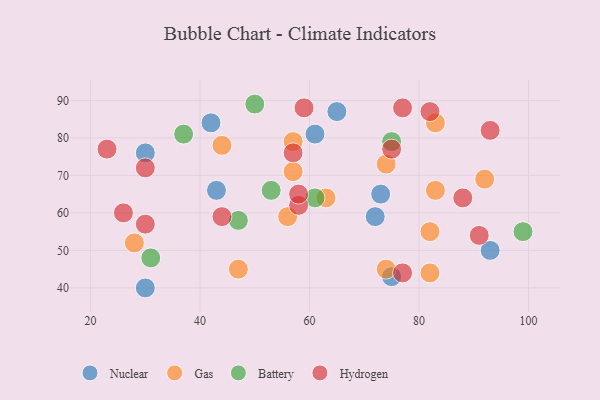
{"axis": {"x": "GDP", "y": "Life Expectancy"}, "legend": ["Battery", "Gas", "Hydrogen", "Nuclear"], "data": [{"x": "30", "y": 76, "type": "Nuclear"}, {"x": "61", "y": 81, "type": "Nuclear"}, {"x": "93", "y": 50, "type": "Nuclear"}, {"x": "75", "y": 43, "type": "Nuclear"}, {"x": "43", "y": 66, "type": "Nuclear"}, {"x": "42", "y": 84, "type": "Nuclear"}, {"x": "30", "y": 40, "type": "Nuclear"}, {"x": "73", "y": 65, "type": "Nuclear"}, {"x": "72", "y": 59, "type": "Nuclear"}, {"x": "65", "y": 87, "type": "Nuclear"}, {"x": "57", "y": 71, "type": "Gas"}, {"x": "57", "y": 79, "type": "Gas"}, {"x": "63", "y": 64, "type": "Gas"}, {"x": "82", "y": 44, "type": "Gas"}, {"x": "74", "y": 45, "type": "Gas"}, {"x": "28", "y": 52, "type": "Gas"}, {"x": "83", "y": 66, "type": "Gas"}, {"x": "56", "y": 59, "type": "Gas"}, {"x": "47", "y": 45, "type": "Gas"}, {"x": "92", "y": 69, "type": "Gas"}, {"x": "44", "y": 78, "type": "Gas"}, {"x": "83", "y": 84, "type": "Gas"}, {"x": "74", "y": 73, "type": "Gas"}, {"x": "82", "y": 55, "type": "Gas"}, {"x": "50", "y": 89, "type": "Battery"}, {"x": "31", "y": 48, "type": "Battery"}, {"x": "47", "y": 58, "type": "Battery"}, {"x": "53", "y": 66, "type": "Battery"}, {"x": "99", "y": 55, "type": "Battery"}, {"x": "61", "y": 64, "type": "Battery"}, {"x": "37", "y": 81, "type": "Battery"}, {"x": "75", "y": 79, "type": "Battery"}, {"x": "91", "y": 54, "type": "Hydrogen"}, {"x": "77", "y": 88, "type": "Hydrogen"}, {"x": "26", "y": 60, "type": "Hydrogen"}, {"x": "77", "y": 44, "type": "Hydrogen"}, {"x": "59", "y": 88, "type": "Hydrogen"}, {"x": "30", "y": 57, "type": "Hydrogen"}, {"x": "82", "y": 87, "type": "Hydrogen"}, {"x": "57", "y": 76, "type": "Hydrogen"}, {"x": "58", "y": 62, "type": "Hydrogen"}, {"x": "88", "y": 64, "type": "Hydrogen"}, {"x": "23", "y": 77, "type": "Hydrogen"}, {"x": "93", "y": 82, "type": "Hydrogen"}, {"x": "58", "y": 65, "type": "Hydrogen"}, {"x": "30", "y": 72, "type": "Hydrogen"}, {"x": "44", "y": 59, "type": "Hydrogen"}, {"x": "75", "y": 77, "type": "Hydrogen"}]}